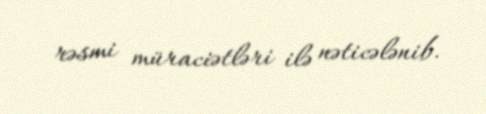
rəsmi müraciətləri ilə nəticələnib.